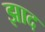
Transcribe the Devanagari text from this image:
झाद